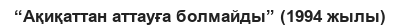
“Ақиқаттан аттауға болмайды” (1994 жылы)